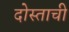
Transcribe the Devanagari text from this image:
दोस्ताची